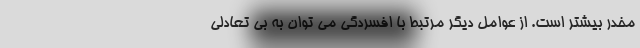
مخدر بیشتر است. از عوامل دیگر مرتبط با افسردگی می توان به بی تعادلی